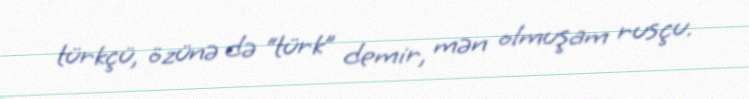
türkçü, özünə də “türk” demir, mən olmuşam rusçu.